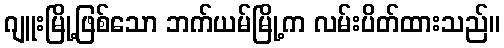
ဂျူးမြို့ဖြစ်သော ဘက်ယမ်မြို့က လမ်းပိတ်ထားသည်။